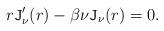
LaTeX: \begin{align*}r \mathtt{J}'_\nu(r)-\beta\nu \mathtt{J}_\nu(r)=0.\end{align*}